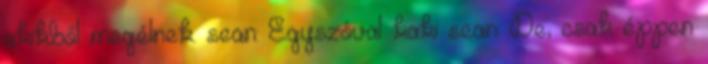
akikből megélnek. sean: Egyszóval kaki sean: De, csak éppen